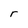
Character: r